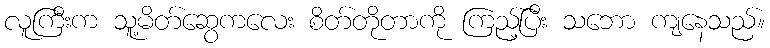
လူကြီးက သူ့မိတ်ဆွေကလေး စိတ်တိုတာကို ကြည့်ပြီး သဘော ကျနေသည်။